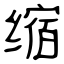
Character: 缩